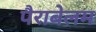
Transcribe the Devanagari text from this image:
पैराबेलम